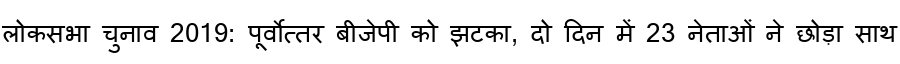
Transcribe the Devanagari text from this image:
लोकसभा चुनाव 2019: पूर्वोत्तर बीजेपी को झटका, दो दिन में 23 नेताओं ने छोड़ा साथ